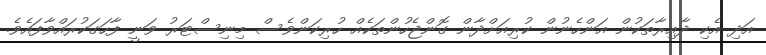
އަދި އެކި ދާއިރާތަކުން އަންހެނުން ކުރިއަށްދާން ގޮންޖެހުންތަކެއް ހުރިކަންވެސް މިނިސްޓަރު ވަނީ ފާހަގަކުރައްވާފައެވެ.